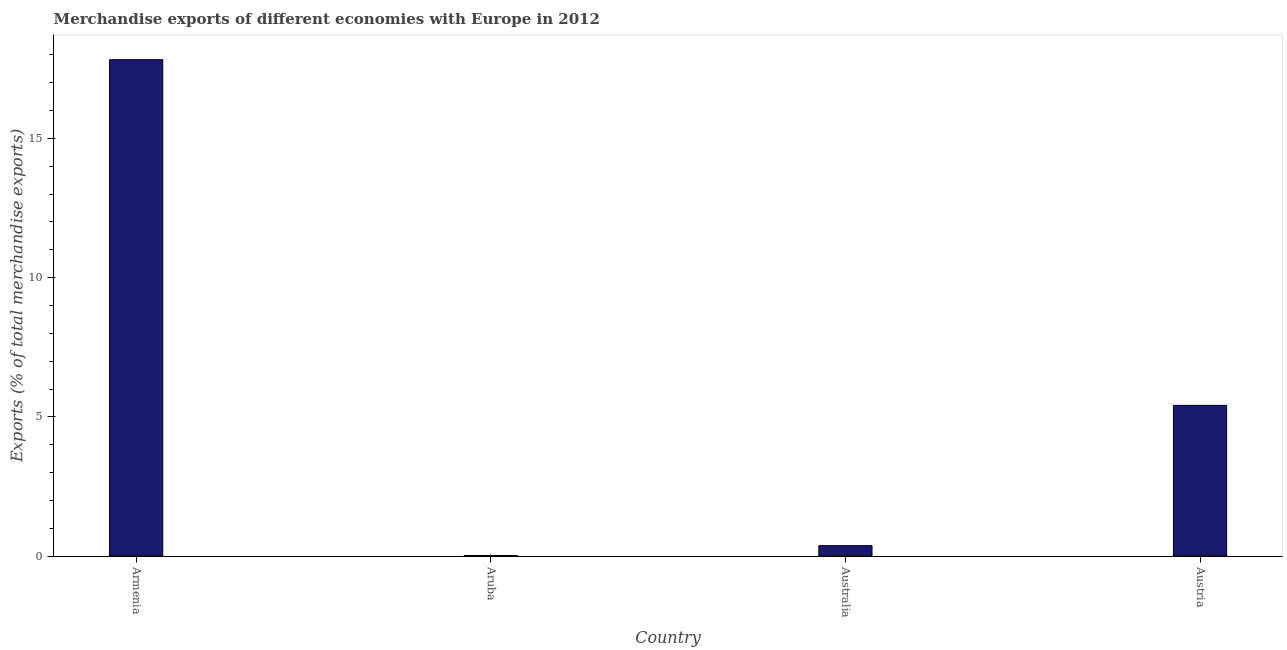
| Country | Merchandise Exports |
 | --- | --- |
 | Armenia | 17.8 |
 | Aruba | 0.0244 |
 | Australia | 0.377 |
 | Austria | 5.41 |